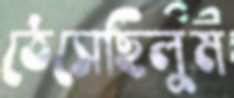
ঠেসেছিলুম